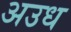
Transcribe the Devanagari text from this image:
अउध